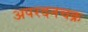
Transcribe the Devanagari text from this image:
अपरदनचक्र